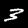
Label: 3